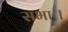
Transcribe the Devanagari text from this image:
सभाः।